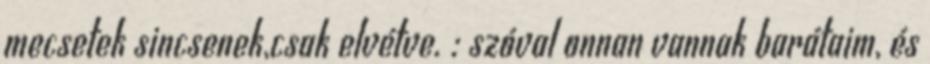
mecsetek sincsenek,csak elvétve. : szóval onnan vannak barátaim, és